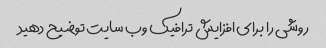
روشی را برای افزایش ترافیک وب سایت توضیح دهید